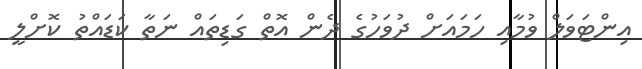
އިންޓަވަލް ވުމާއި ހަމައަށް ދުވަހުގެ ދެން އޮތް ގަޑިތައް ނަތާ ކަޑައްތު ކޮށްލީ